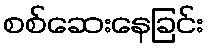
စစ်ဆေးနေခြင်း